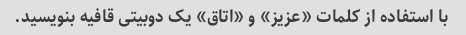
با استفاده از کلمات «عزیز» و «اتاق» یک دوبیتی قافیه بنویسید.